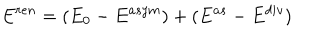
E ^ { r e n } = ( E _ { 0 } - E ^ { a s y m } ) + ( E ^ { a s } - E ^ { d i v } )